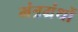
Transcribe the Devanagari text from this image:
मंत्रग्रंथों